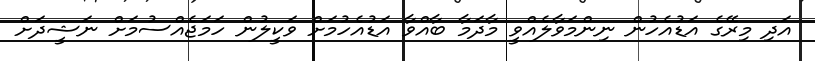
އަދި މިރޭގެ އަޑުއެހުން ނިންމަވާލެއްވީ މާދަމާ ބާއްވާ އަޑުއެހުމަށް ވަކީލުން ހަމަޖެއްސުމަށް ނަޝީދަށް